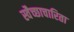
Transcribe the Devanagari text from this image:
स्वैच्छाचारिता